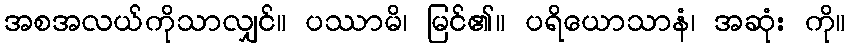
အစအလယ်ကိုသာလျှင်။ ပဿာမိ၊ မြင်၏။ ပရိယောသာနံ၊ အဆုံး ကို။